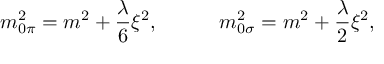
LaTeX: m _ { 0 \pi } ^ { 2 } = m ^ { 2 } + \frac { \lambda } { 6 } \xi ^ { 2 } \mathrm { , ~ ~ ~ ~ ~ ~ ~ ~ ~ } m _ { 0 \sigma } ^ { 2 } = m ^ { 2 } + \frac { \lambda } { 2 } \xi ^ { 2 } ,